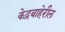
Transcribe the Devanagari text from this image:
केद्रबाहेरील